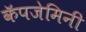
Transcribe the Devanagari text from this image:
कॅपजेमिनी